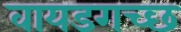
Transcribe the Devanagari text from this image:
वायडगच्छ